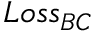
L o s s _ { B C }